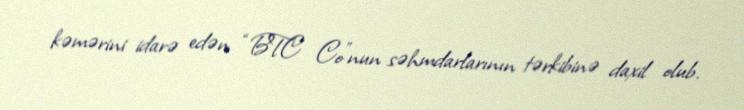
kəmərini idarə edən “BTC Co”nun səhmdarlarının tərkibinə daxil olub.